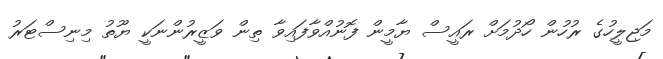
މަޖިލީހުގެ ރުހުން ހޯދުމަށް ރައީސް ޔާމީން ފޮނުއްވާފައިވާ ތިން ވަޒީރުންނަކީ ޔޫތު މިނިސްޓަރު